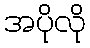
အပိုလို